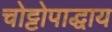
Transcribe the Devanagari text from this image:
चोट्टोपाद्धाय